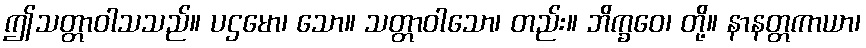
ဤသတ္တာဝါသသည်။ ပဌမော၊ သော။ သတ္တာဝါသော၊ တည်း။ ဘိက္ခဝေ၊ တို့။ နာနတ္တကာယာ၊